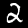
Label: 2